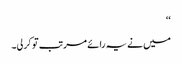
‘‘
میں نے یہ رائے مرتب تو کرلی۔